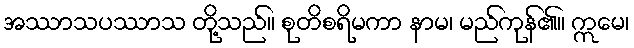
အဿာသပဿာသ တို့သည်။ စုတိစရိမကာ နာမ၊ မည်ကုန်၏။ ဣမေ၊